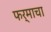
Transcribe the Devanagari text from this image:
फर्माचा